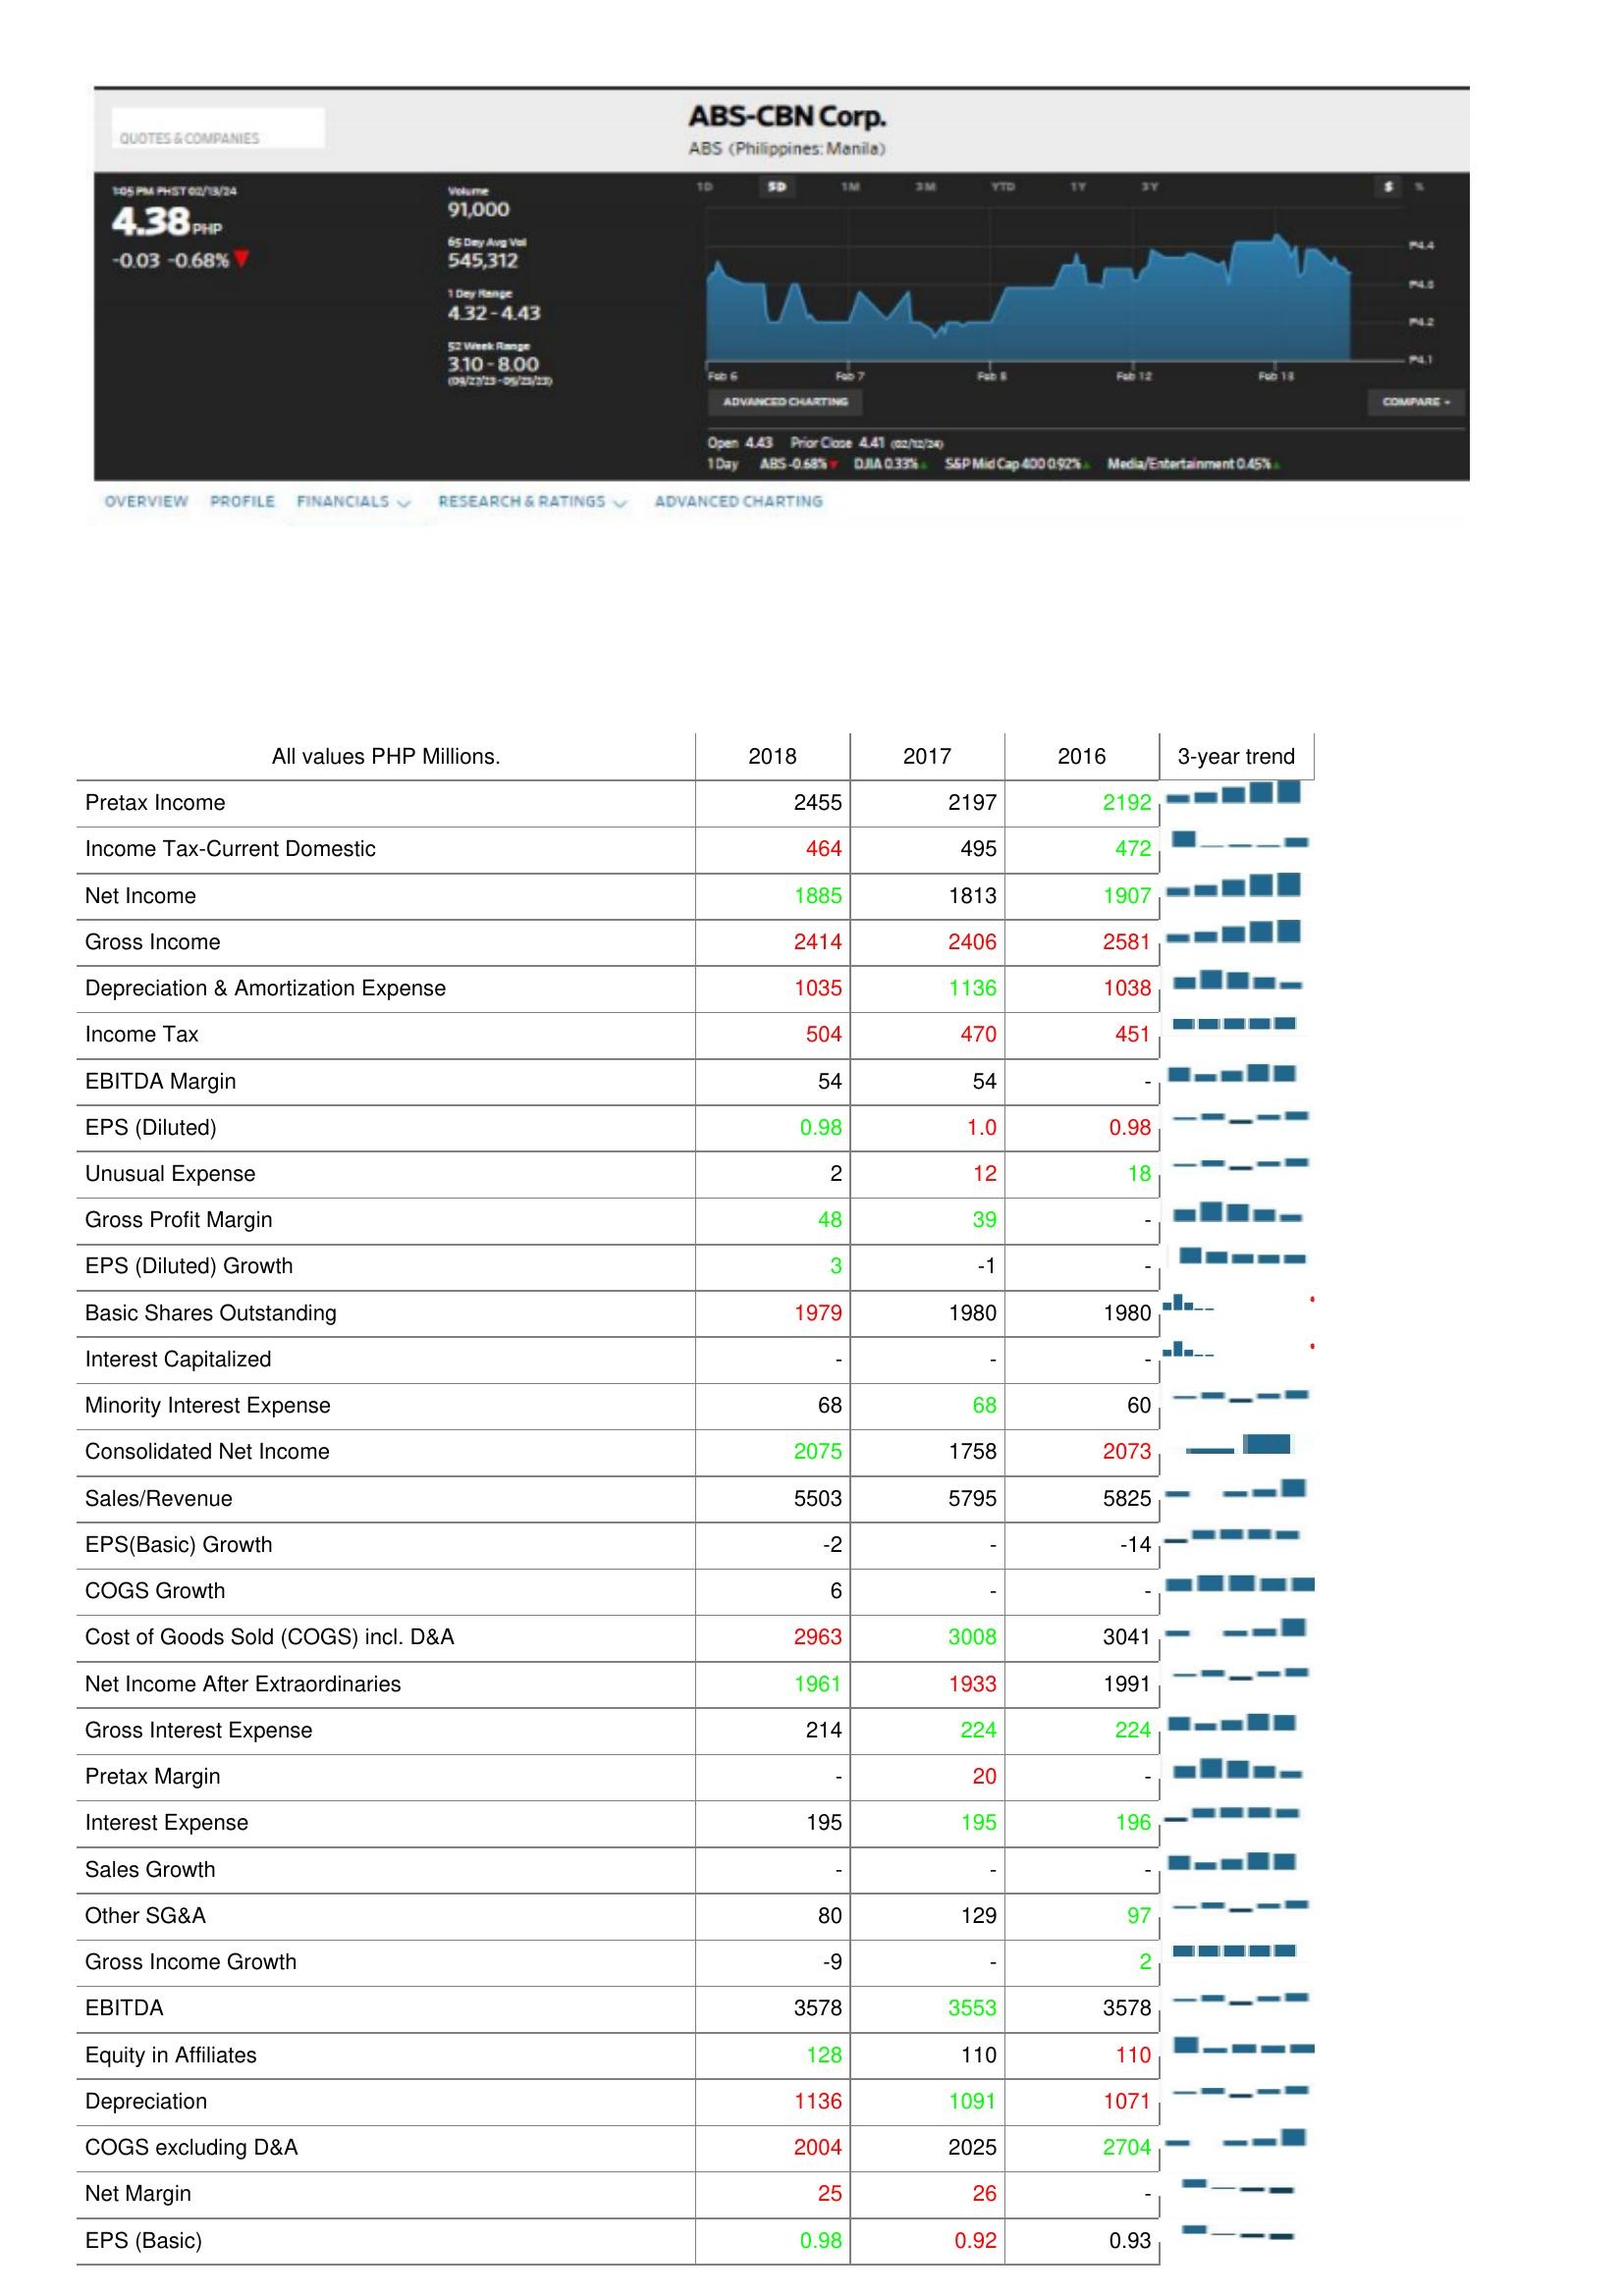
2018: : Pretax Income: 2455
Income Tax-Current Domestic: 464
Net Income: 1885
Gross Income: 2414
Depreciation & Amortization Expense: 1035
Income Tax: 504
EBITDA Margin: 54
EPS (Diluted): 0.98
Unusual Expense: 2
Gross Profit Margin: 48
EPS (Diluted) Growth: 3
Basic Shares Outstanding: 1979
Interest Capitalized: -
Minority Interest Expense: 68
Consolidated Net Income: 2075
Sales/Revenue: 5503
EPS(Basic) Growth: -2
COGS Growth: 6
Cost of Goods Sold (COGS) incl. D&A: 2963
Net Income After Extraordinaries: 1961
Gross Interest Expense: 214
Pretax Margin: -
Interest Expense: 195
Sales Growth: -
Other SG&A: 80
Gross Income Growth: -9
EBITDA: 3578
Equity in Affiliates: 128
Depreciation: 1136
COGS excluding D&A: 2004
Net Margin: 25
EPS (Basic): 0.98
2017: : Pretax Income: 2197
Income Tax-Current Domestic: 495
Net Income: 1813
Gross Income: 2406
Depreciation & Amortization Expense: 1136
Income Tax: 470
EBITDA Margin: 54
EPS (Diluted): 1.0
Unusual Expense: 12
Gross Profit Margin: 39
EPS (Diluted) Growth: -1
Basic Shares Outstanding: 1980
Interest Capitalized: -
Minority Interest Expense: 68
Consolidated Net Income: 1758
Sales/Revenue: 5795
EPS(Basic) Growth: -
COGS Growth: -
Cost of Goods Sold (COGS) incl. D&A: 3008
Net Income After Extraordinaries: 1933
Gross Interest Expense: 224
Pretax Margin: 20
Interest Expense: 195
Sales Growth: -
Other SG&A: 129
Gross Income Growth: -
EBITDA: 3553
Equity in Affiliates: 110
Depreciation: 1091
COGS excluding D&A: 2025
Net Margin: 26
EPS (Basic): 0.92
2016: : Pretax Income: 2192
Income Tax-Current Domestic: 472
Net Income: 1907
Gross Income: 2581
Depreciation & Amortization Expense: 1038
Income Tax: 451
EBITDA Margin: -
EPS (Diluted): 0.98
Unusual Expense: 18
Gross Profit Margin: -
EPS (Diluted) Growth: -
Basic Shares Outstanding: 1980
Interest Capitalized: -
Minority Interest Expense: 60
Consolidated Net Income: 2073
Sales/Revenue: 5825
EPS(Basic) Growth: -14
COGS Growth: -
Cost of Goods Sold (COGS) incl. D&A: 3041
Net Income After Extraordinaries: 1991
Gross Interest Expense: 224
Pretax Margin: -
Interest Expense: 196
Sales Growth: -
Other SG&A: 97
Gross Income Growth: 2
EBITDA: 3578
Equity in Affiliates: 110
Depreciation: 1071
COGS excluding D&A: 2704
Net Margin: -
EPS (Basic): 0.93